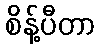
စိန့်ပီတာ